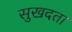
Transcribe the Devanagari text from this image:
सुखदता